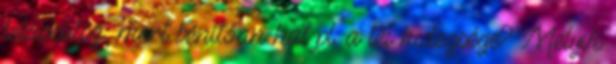
lelassulsz, mert bénítóan hat pl. a tél hidegsége? Melyik